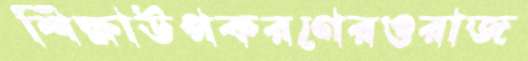
শিক্ষাউপকরণেরওরাজ